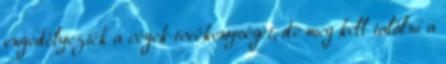
engedélyezték a cégek tevékenységét, de meg kell találni a